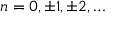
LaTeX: n = 0 , \pm 1 , \pm 2 , \ldots